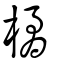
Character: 橘